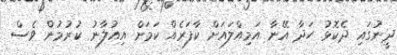
ދީނުގައި ދެކޮޅު ހަދާ އޭނާ އަމިއްލައަށް ކާފަރެއް ކަަމަށް އިއުލާނު ކުުރުމުން ވެސް